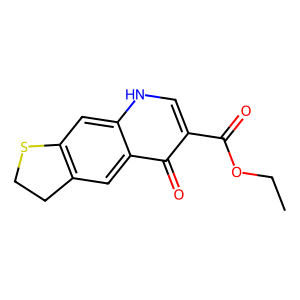
SMILES: CCOC(=O)c1c[nH]c2cc3c(cc2c1=O)CCS3
Inhibits HIV replication: No